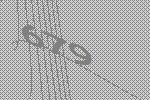
679